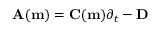
\mathbf { A ( m ) } = \mathbf { C ( m ) } \partial _ { t } - \mathbf { D }